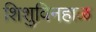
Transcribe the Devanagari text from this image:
शिशुविनहाळ